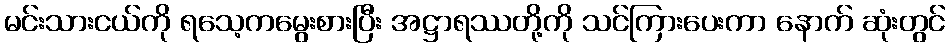
မင်းသားငယ်ကို ရသေ့ကမွေးစားပြီး အဋ္ဌာရဿတို့ကို သင်ကြားပေးကာ နောက် ဆုံးတွင်